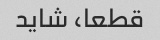
قطعا، شاید